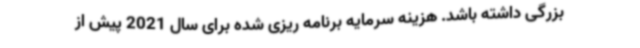
بزرگی داشته باشد. هزینه سرمایه برنامه ریزی شده برای سال 2021 پیش از